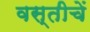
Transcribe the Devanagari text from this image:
वस्तीचें